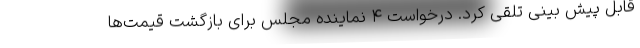
قابل پیش بینی تلقی کرد. درخواست ۴ نماینده مجلس برای بازگشت قیمت‌ها